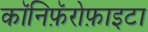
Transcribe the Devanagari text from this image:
कॉनिफ़ॅरोफ़ाइटा